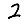
Digit: 2